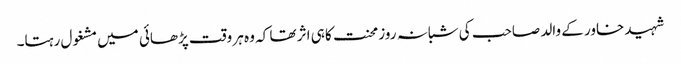
شہید خاور کے والد صاحب کی شبانہ روز محنت کا ہی اثر تھا کہ وہ ہر وقت پڑھائی میں مشغول رہتا۔